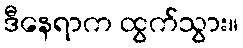
ဒီနေရာက ထွက်သွား။